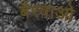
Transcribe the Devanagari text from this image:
बैरवाओ